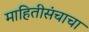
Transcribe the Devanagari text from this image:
माहितीसंचाचा